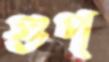
গুপ্